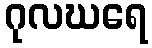
ဂုလဃရေ